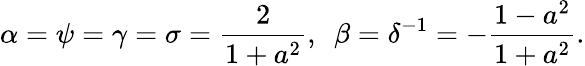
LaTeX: \alpha=\psi=\gamma=\sigma=\frac{2}{1+a^{2}},\ \ \beta=\delta^{-1}=-\frac{1-a^{2}}{1+a^{2}}.